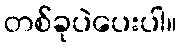
တစ်ခုပဲပေးပါ။